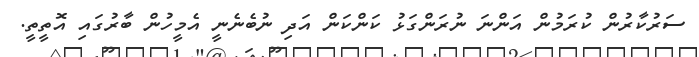
ސަރުކާރުން ކުރަމުން އަންނަ ނުރަންގަޅު ކަންކަން އަދި ނުބެނެނީ އެމީހުން ބާރުގައި އޮތީތީ.